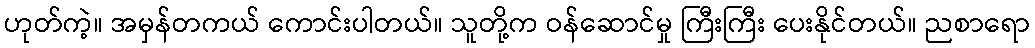
ဟုတ်ကဲ့။ အမှန်တကယ် ကောင်းပါတယ်။ သူတို့က ဝန်ဆောင်မှု ကြီးကြီး ပေးနိုင်တယ်။ ညစာရော